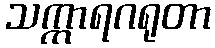
သက္ကာရဂရုတာ